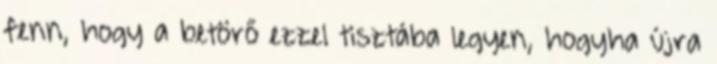
fenn, hogy a betörő ezzel tisztába legyen, hogyha újra